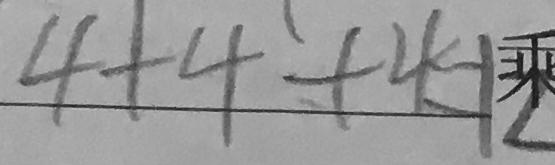
4 + 4 + 4 = 1 2